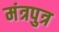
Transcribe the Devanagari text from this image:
मंत्रपुत्र